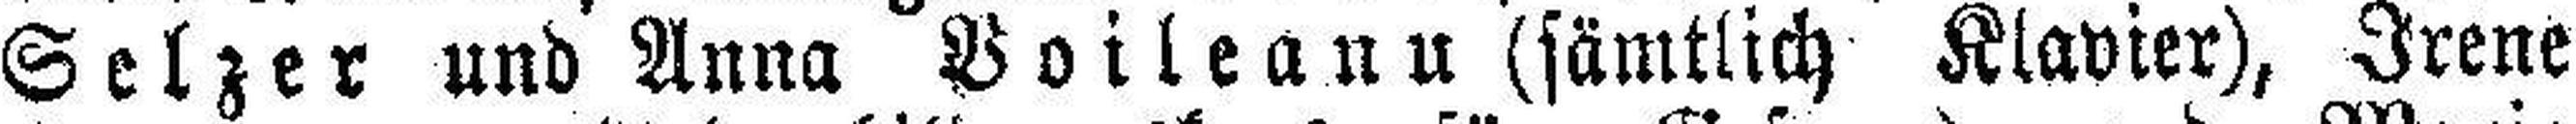
Selz er und Anna Voileanu (sämtlich Klavier), Irene